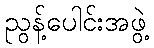
ညွန့်ပေါင်းအဖွဲ့